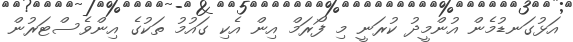
އަޅުގަނޑުމެން އުންމީދު ކުރަނީ މި ފޯރަމް އިން އެކި ގައުމު ތަކުގެ އިންވެސްޓަރުން